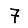
Digit: 7